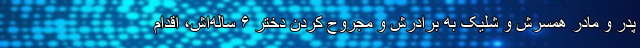
پدر و مادر همسرش و شلیک به برادرش و مجروح کردن دختر ۶ ساله‌اش، اقدام